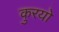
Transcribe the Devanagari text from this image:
कुरयो